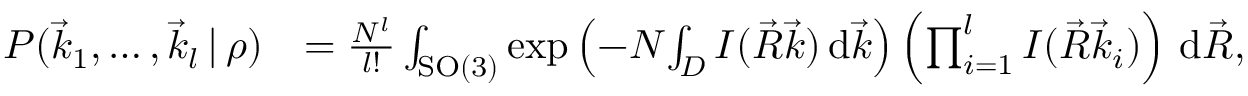
\begin{array} { r l } { P ( \vec { k } _ { 1 } , \dots , \vec { k } _ { l } \, | \, \rho ) } & { = \frac { N ^ { l } } { l ! } \int _ { \mathrm { S O } ( 3 ) } \exp \left( - N \! \int _ { D } I ( \vec { R } \vec { k } ) \, \mathrm d \vec { k } \right) \left( \prod _ { i = 1 } ^ { l } I ( \vec { R } \vec { k } _ { i } ) \right) \, \mathrm d \vec { R } , } \end{array}